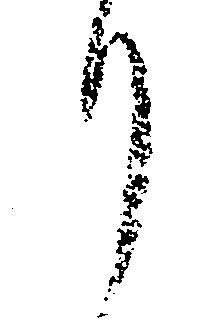
り